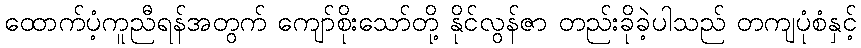
ထောက်ပံ့ကူညီရန်အတွက် ကျော်စိုးသော်တို့ နိုင်လွန်ဇာ တည်းခိုခဲ့ပါသည် တကျပုံစံနှင့်